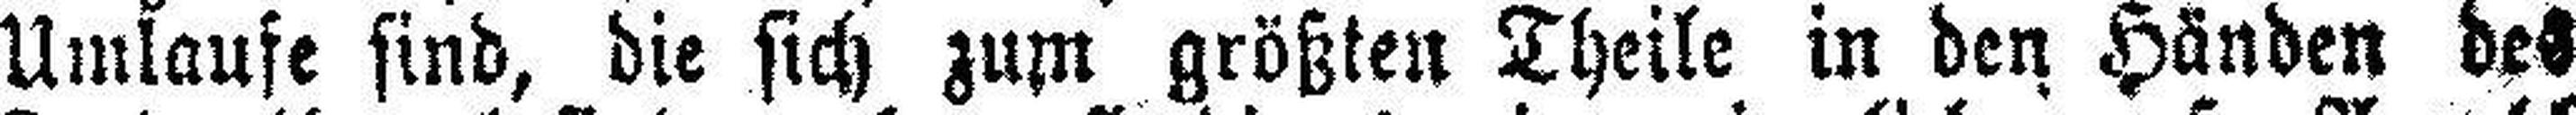
Umlaufe sind, die sich zum größten Theile in den Händen des